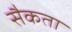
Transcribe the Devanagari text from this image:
सैकता